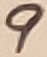
Text: 9